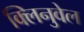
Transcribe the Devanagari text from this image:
क्लिनुवेल